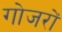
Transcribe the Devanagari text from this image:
गोजरों